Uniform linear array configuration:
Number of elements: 8
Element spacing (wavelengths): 0.25
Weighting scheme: uniform
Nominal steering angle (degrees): -15
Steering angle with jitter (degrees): -14.904
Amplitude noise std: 0.05
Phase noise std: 0.05

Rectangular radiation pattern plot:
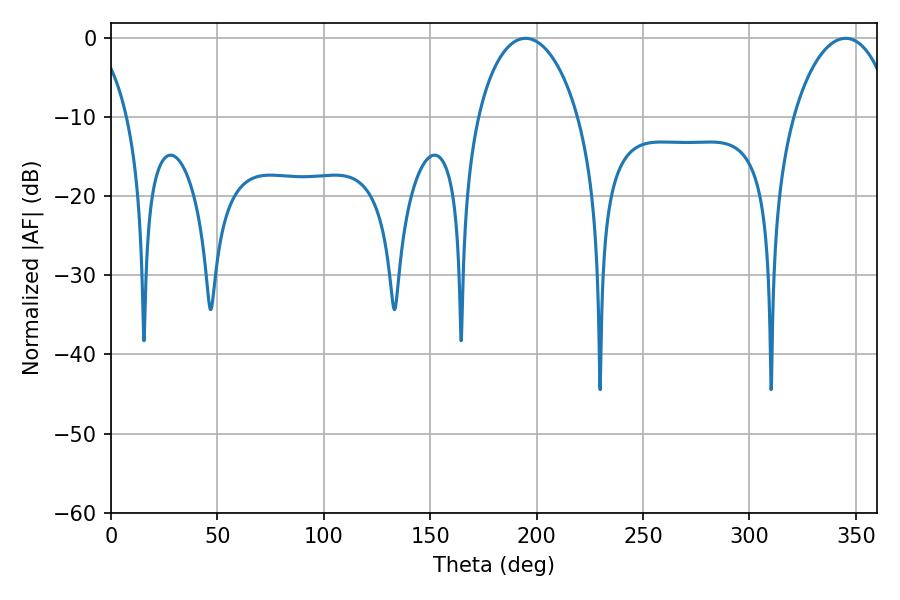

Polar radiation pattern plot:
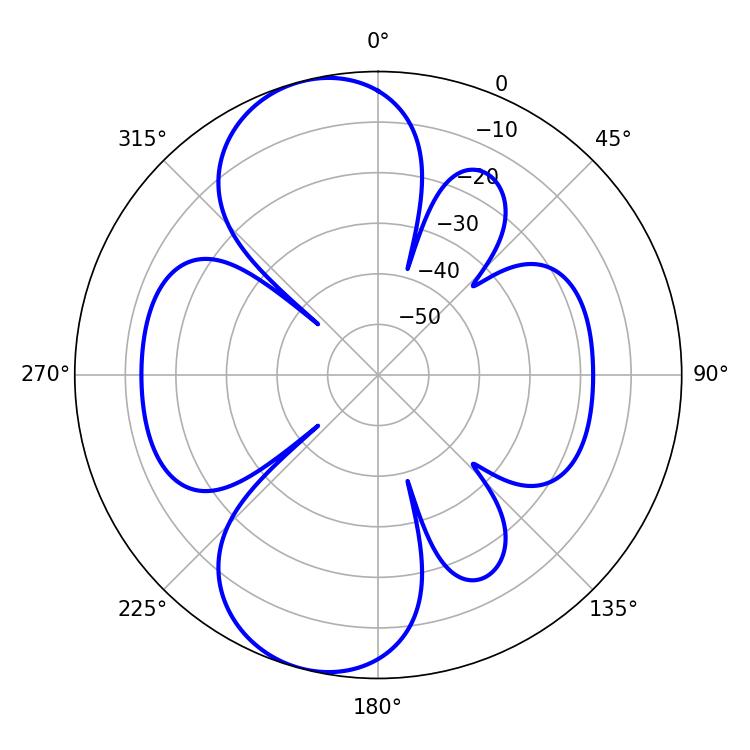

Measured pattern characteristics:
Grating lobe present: FALSE
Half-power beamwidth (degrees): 27.18
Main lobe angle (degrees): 194.76